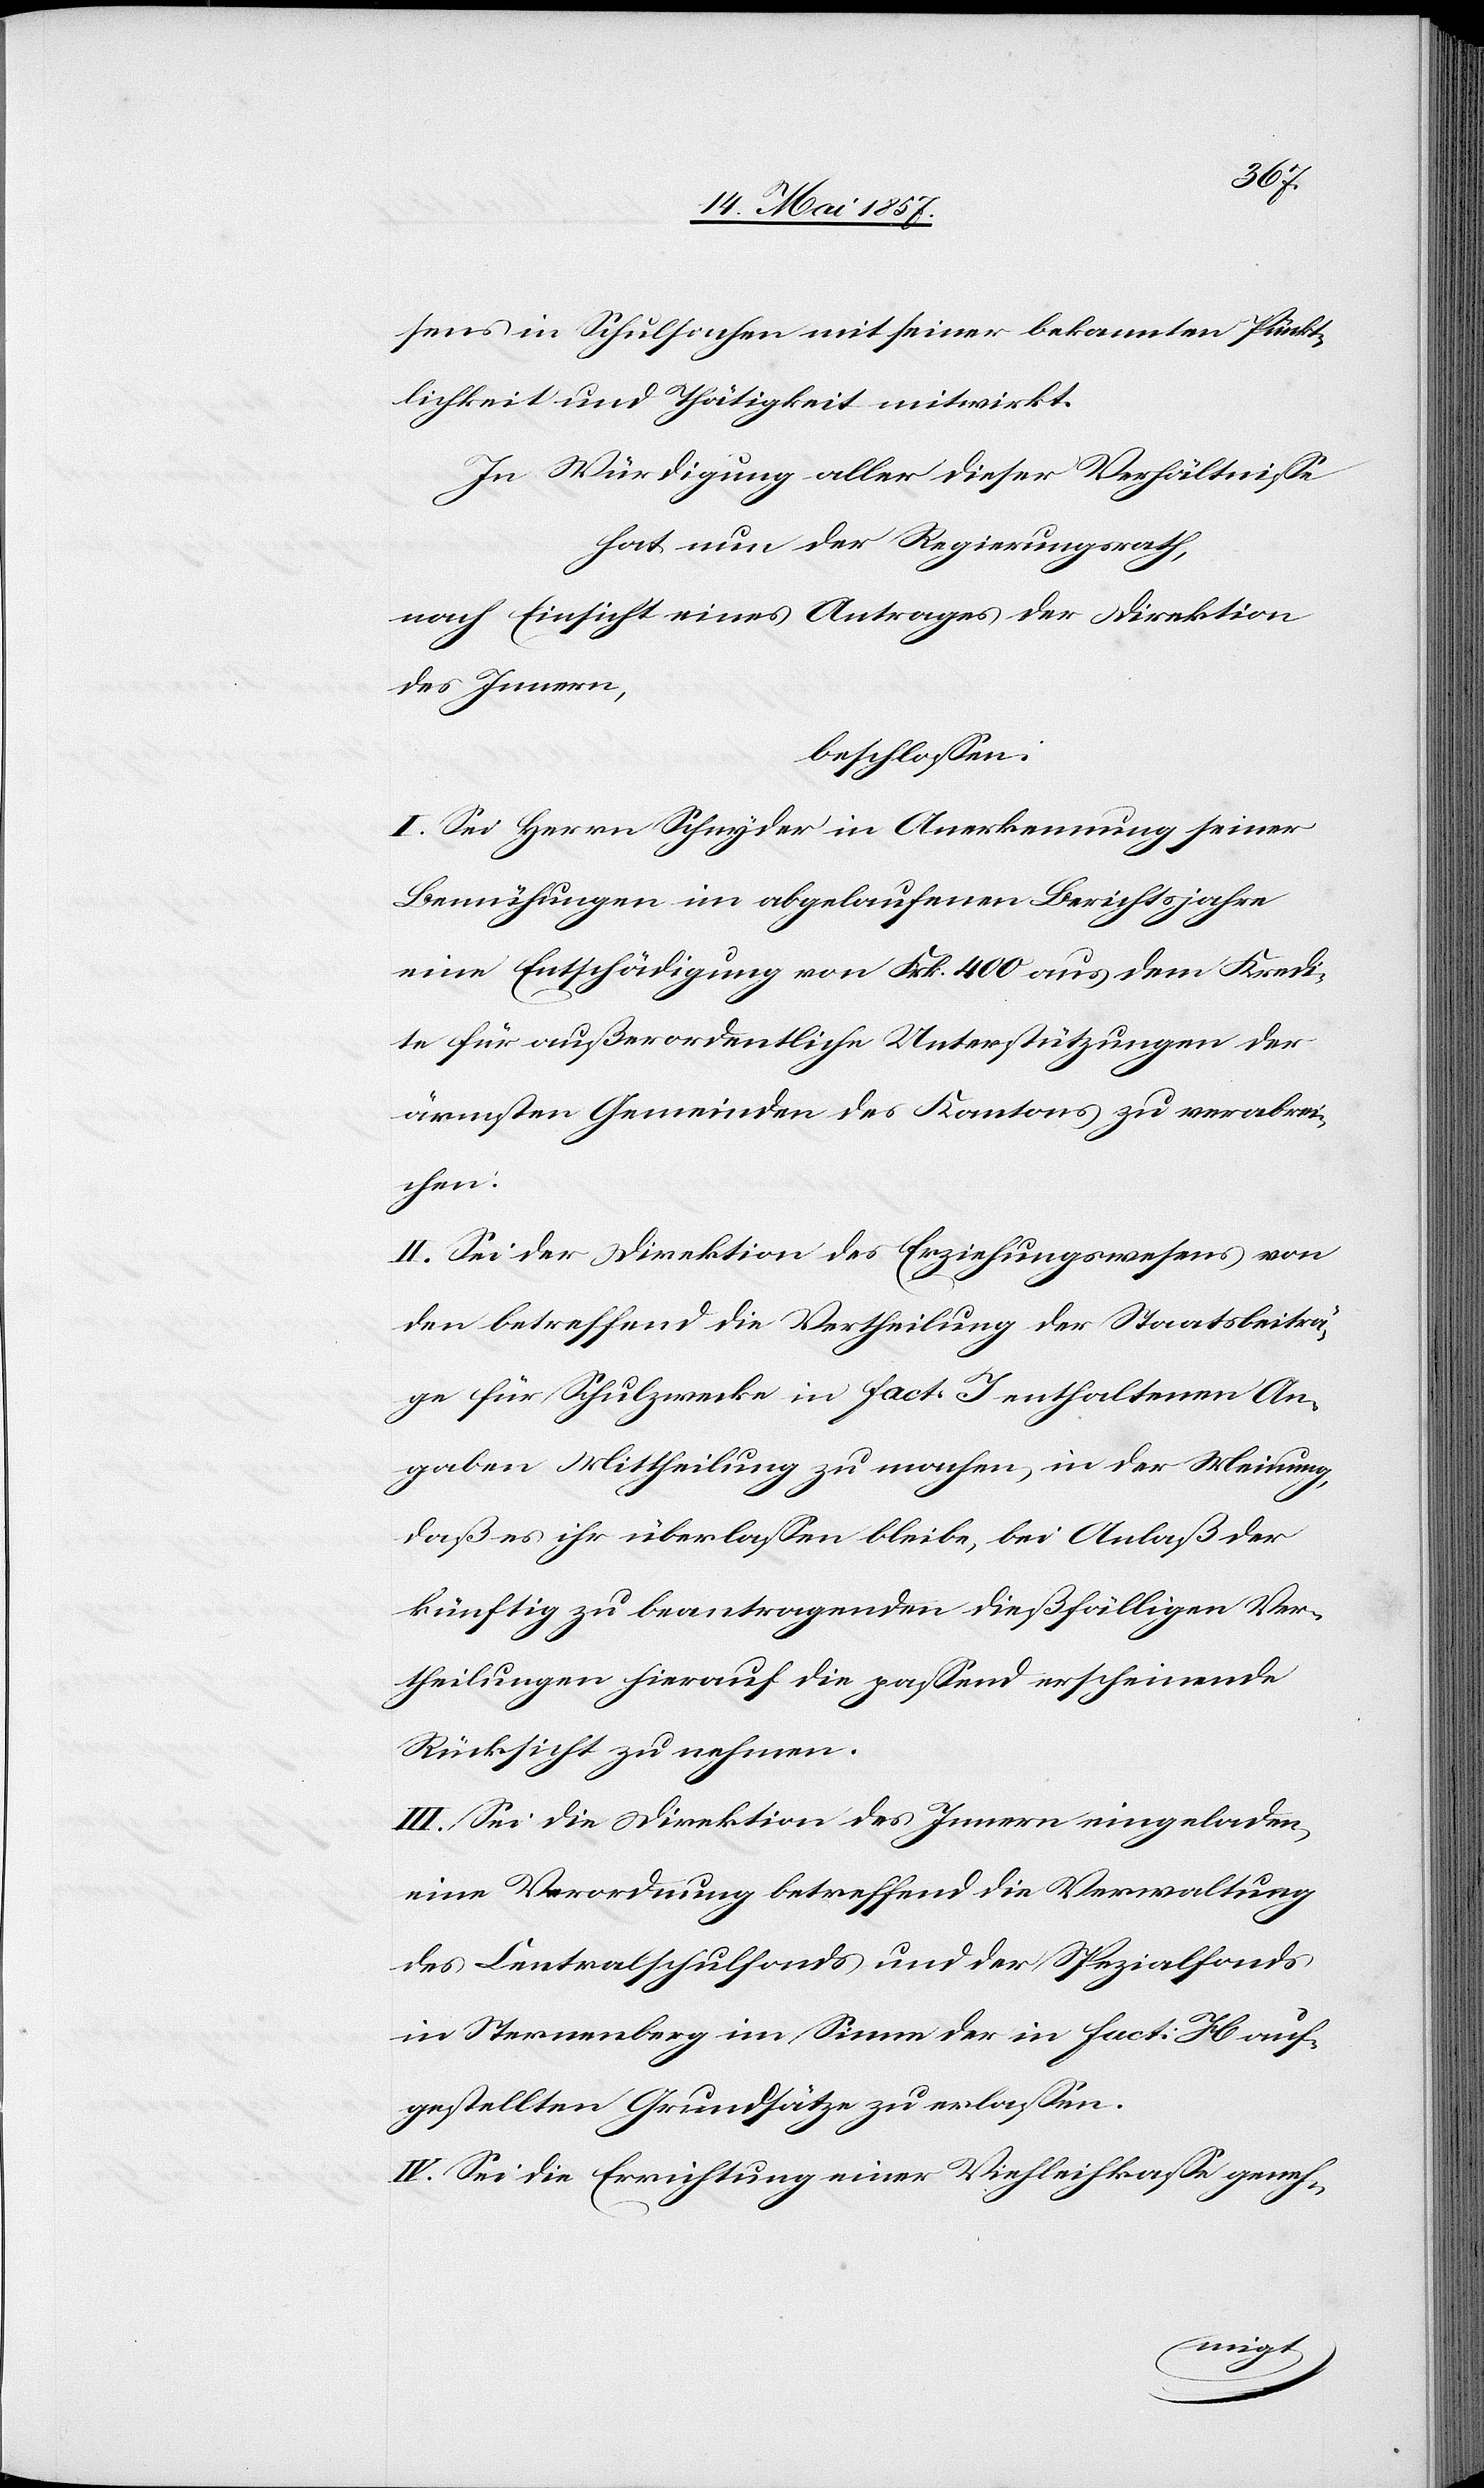
sens in Schulsachen mit seiner bekannten Pünkt¬
lichkeit und Thätigkeit mitwirkt.
In Würdigung aller dieser Verhältnisse
hat nun der Regierungsrath,
nach Einsicht eines Antrages der Direktion
des Innern,
beschlossen:
I. Sei Herrn Schnyder in Anerkennung seiner
Bemühungen im abgelaufenen Berichtsjahre
eine Entschädigung von Frk. 400 aus dem Kredi¬
te für außerordentliche Unterstützungen der
ärmsten Gemeinden des Kantons zu verabrei¬
chen.
II. Sei der Direktion des Erziehungswesens von
den betreffend die Vertheilung der Staatsbeiträ¬
ge für Schulzwecke in Fact. J enthaltenen An¬
gaben Mittheilung zu machen, in der Meinung,
daß es ihr überlassen bleibe, bei Anlaß der
künftig zu beantragenden dießfälligen Ver¬
theilungen hierauf die passend erscheinende
Rücksicht zu nehmen.
III. Sei die Direktion des Innern eingeladen
eine Verordnung betreffend die Verwaltung
des Centralschulfonds und der Spezialfonds
in Sternenberg im Sinne der in Fact: H auf¬
gestellten Grundsätze zu erlassen.
IV. Sei die Errichtung einer Viehleihkasse geneh-